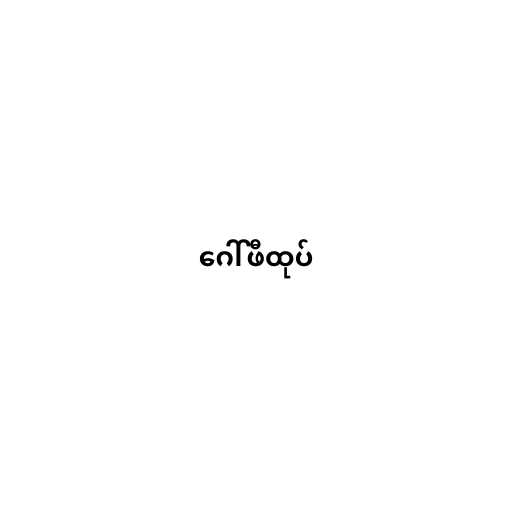
ဂေါ်ဖီထုပ်